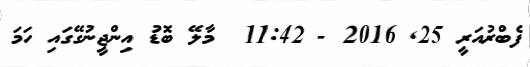
ފެބްރުއަރީ 25